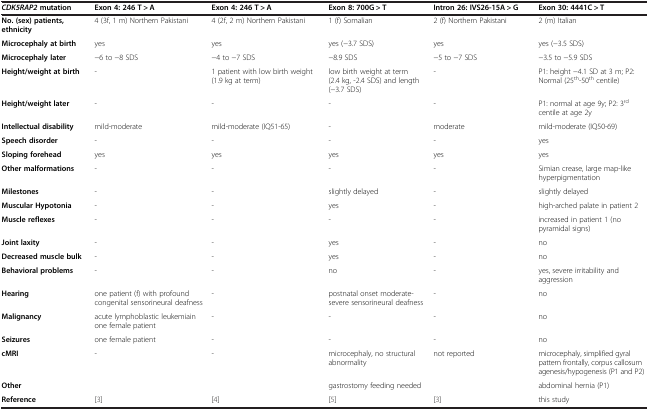
<table><thead><tr><td><b><i>CDK5RAP2 </i>mutation</b></td><td><b>Exon 4: 246 T &gt; A</b></td><td><b>Exon 4: 246 T &gt; A</b></td><td><b>Exon 8: 700G &gt; T</b></td><td><b>Intron 26: IVS26-15A &gt; G</b></td><td><b>Exon 30: 4441C &gt; T</b></td></tr></thead><tbody><tr><td><b>No. (sex) patients, ethnicity</b></td><td>4 (3f, 1 m) Northern Pakistani</td><td>4 (2f, 2 m) Northern Pakistani</td><td>1 (f) Somalian</td><td>2 (f) Northern Pakistani</td><td>2 (m) Italian</td></tr><tr><td><b>Microcephaly at birth</b></td><td>yes</td><td>yes</td><td>yes (−3.7 SDS)</td><td>yes</td><td>yes (−3.5 SDS)</td></tr><tr><td><b>Microcephaly later</b></td><td>−6 to −8 SDS</td><td>−4 to −7 SDS</td><td>−8.9 SDS</td><td>−5 to −7 SDS</td><td>−3.5 to −5.9 SDS</td></tr><tr><td><b>Height/weight at birth</b></td><td>-</td><td>1 patient with low birth weight (1.9 kg at term)</td><td>low birth weight at term (2.4 kg, -2.4 SDS) and length (−3.7 SDS)</td><td>-</td><td>P1: height −4.1 SD at 3 m; P2: Normal (25<sup>th</sup>-50<sup>th</sup> centile)</td></tr><tr><td><b>Height/weight later</b></td><td>-</td><td>-</td><td>-</td><td>-</td><td>P1: normal at age 9y; P2: 3<sup>rd</sup> centile at age 2y</td></tr><tr><td><b>Intellectual disability</b></td><td>mild-moderate</td><td>mild-moderate (IQ51-65)</td><td>-</td><td>moderate</td><td>mild-moderate (IQ50-69)</td></tr><tr><td><b>Speech disorder</b></td><td>-</td><td>-</td><td>-</td><td>-</td><td>yes</td></tr><tr><td><b>Sloping forehead</b></td><td>yes</td><td>yes</td><td>yes</td><td>yes</td><td>yes</td></tr><tr><td><b>Other malformations</b></td><td>-</td><td>-</td><td>-</td><td>-</td><td>Simian crease, large map-like hyperpigmentation</td></tr><tr><td><b>Milestones</b></td><td>-</td><td>-</td><td>slightly delayed</td><td>-</td><td>slightly delayed</td></tr><tr><td><b>Muscular Hypotonia</b></td><td>-</td><td>-</td><td>yes</td><td>-</td><td>high-arched palate in patient 2</td></tr><tr><td><b>Muscle reflexes</b></td><td>-</td><td>-</td><td>-</td><td>-</td><td>increased in patient 1 (no pyramidal signs)</td></tr><tr><td><b>Joint laxity</b></td><td>-</td><td>-</td><td>yes</td><td>-</td><td>no</td></tr><tr><td><b>Decreased muscle bulk</b></td><td>-</td><td>-</td><td>yes</td><td>-</td><td>no</td></tr><tr><td><b>Behavioral problems</b></td><td>-</td><td>-</td><td>no</td><td>-</td><td>yes, severe irritability and aggression</td></tr><tr><td><b>Hearing</b></td><td>one patient (f) with profound congenital sensorineural deafness</td><td>-</td><td>postnatal onset moderate-severe sensorineural deafness</td><td>-</td><td>no</td></tr><tr><td><b>Malignancy</b></td><td>acute lymphoblastic leukemiain one female patient</td><td>-</td><td>-</td><td>-</td><td>no</td></tr><tr><td><b>Seizures</b></td><td>one female patient</td><td>-</td><td>-</td><td>-</td><td>no</td></tr><tr><td><b>cMRI</b></td><td>-</td><td>-</td><td>microcephaly, no structural abnormality</td><td>not reported</td><td>microcephaly, simplified gyral pattern frontally, corpus callosum agenesis/hypogenesis (P1 and P2)</td></tr><tr><td><b>Other</b></td><td> </td><td> </td><td>gastrostomy feeding needed</td><td> </td><td>abdominal hernia (P1)</td></tr><tr><td><b>Reference</b></td><td>[3]</td><td>[4]</td><td>[5]</td><td>[3]</td><td>this study</td></tr></tbody></table>